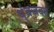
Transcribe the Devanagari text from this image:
थ्ंबजवत